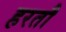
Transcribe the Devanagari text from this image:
हरतौ